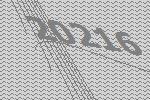
20216